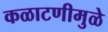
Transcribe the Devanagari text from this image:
कळाटणीमुळे